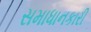
સમાધાનકારી